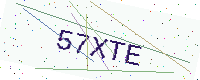
Text: 57XTE